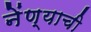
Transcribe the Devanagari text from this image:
नेंण्याची